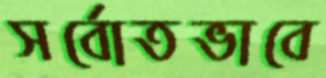
সর্বোতভাবে